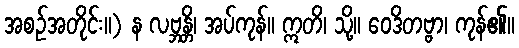
အစဉ်အတိုင်း။) န လဗ္ဘန္တိ၊ အပ်ကုန်။ ဣတိ၊ သို့။ ဝေဒိတဗ္ဗာ၊ ကုန်၏။